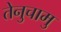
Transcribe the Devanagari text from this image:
तेनुचामु